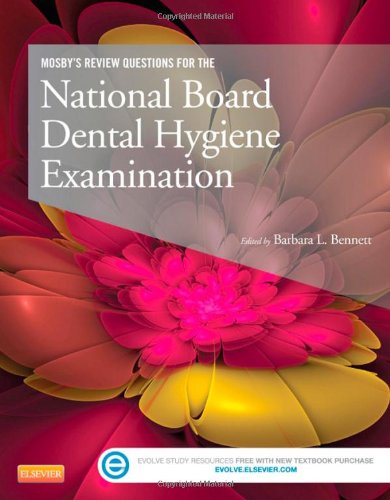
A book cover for Mosby's Review Questions for the National Board Dental Hygiene Examination, 1e; Mosby; Medical Books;